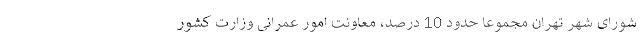
شورای شهر تهران مجموعاً حدود 10 درصد، معاونت امور عمرانی وزارت کشور